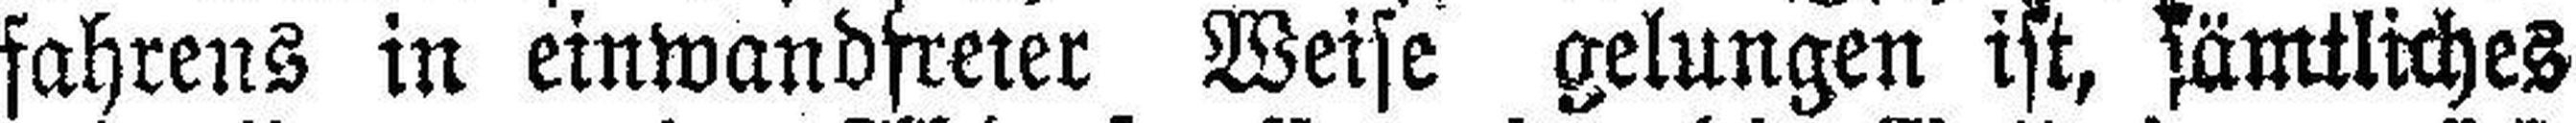
fahrens in einwandfreter Weise gelungen ist, sämtliches